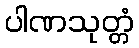
ပါဏသုတ္တံ